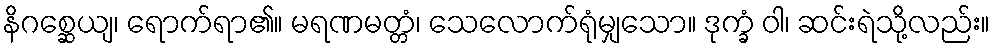
နိဂစ္ဆေယျ၊ ရောက်ရာ၏။ မရဏမတ္တံ၊ သေလောက်ရုံမျှသော။ ဒုက္ခံ ဝါ၊ ဆင်းရဲသို့လည်း။